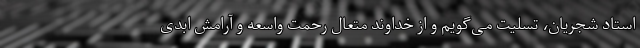
استاد شجریان، تسلیت می‌گویم و از خداوند متعال رحمت واسعه و آرامش ابدی